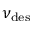
\nu _ { \mathrm { d e s } }